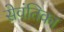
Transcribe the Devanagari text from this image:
सेवंतिका